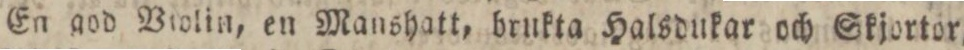
En god Vrolin, en Manshatt, brukta Halsdukar och Skjortor,